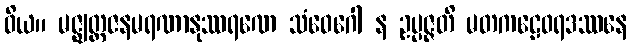
ဝိယ။ မဇ္ဈတ္တဇနမရဏာနုဿရဏေ သံဝေဂေါ န ဥပ္ပဇ္ဇတိ မတကဠေဝရဒဿနေ